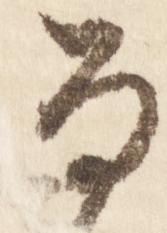
な